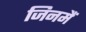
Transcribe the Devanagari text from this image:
जिनमैं